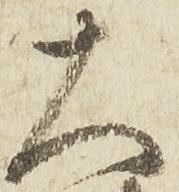
大